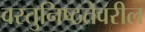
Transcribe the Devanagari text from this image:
वस्तुनिष्ठतेवरील